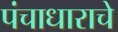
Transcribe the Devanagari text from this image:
पंचाधाराचे